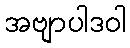
အဗျာပါဒဝါ